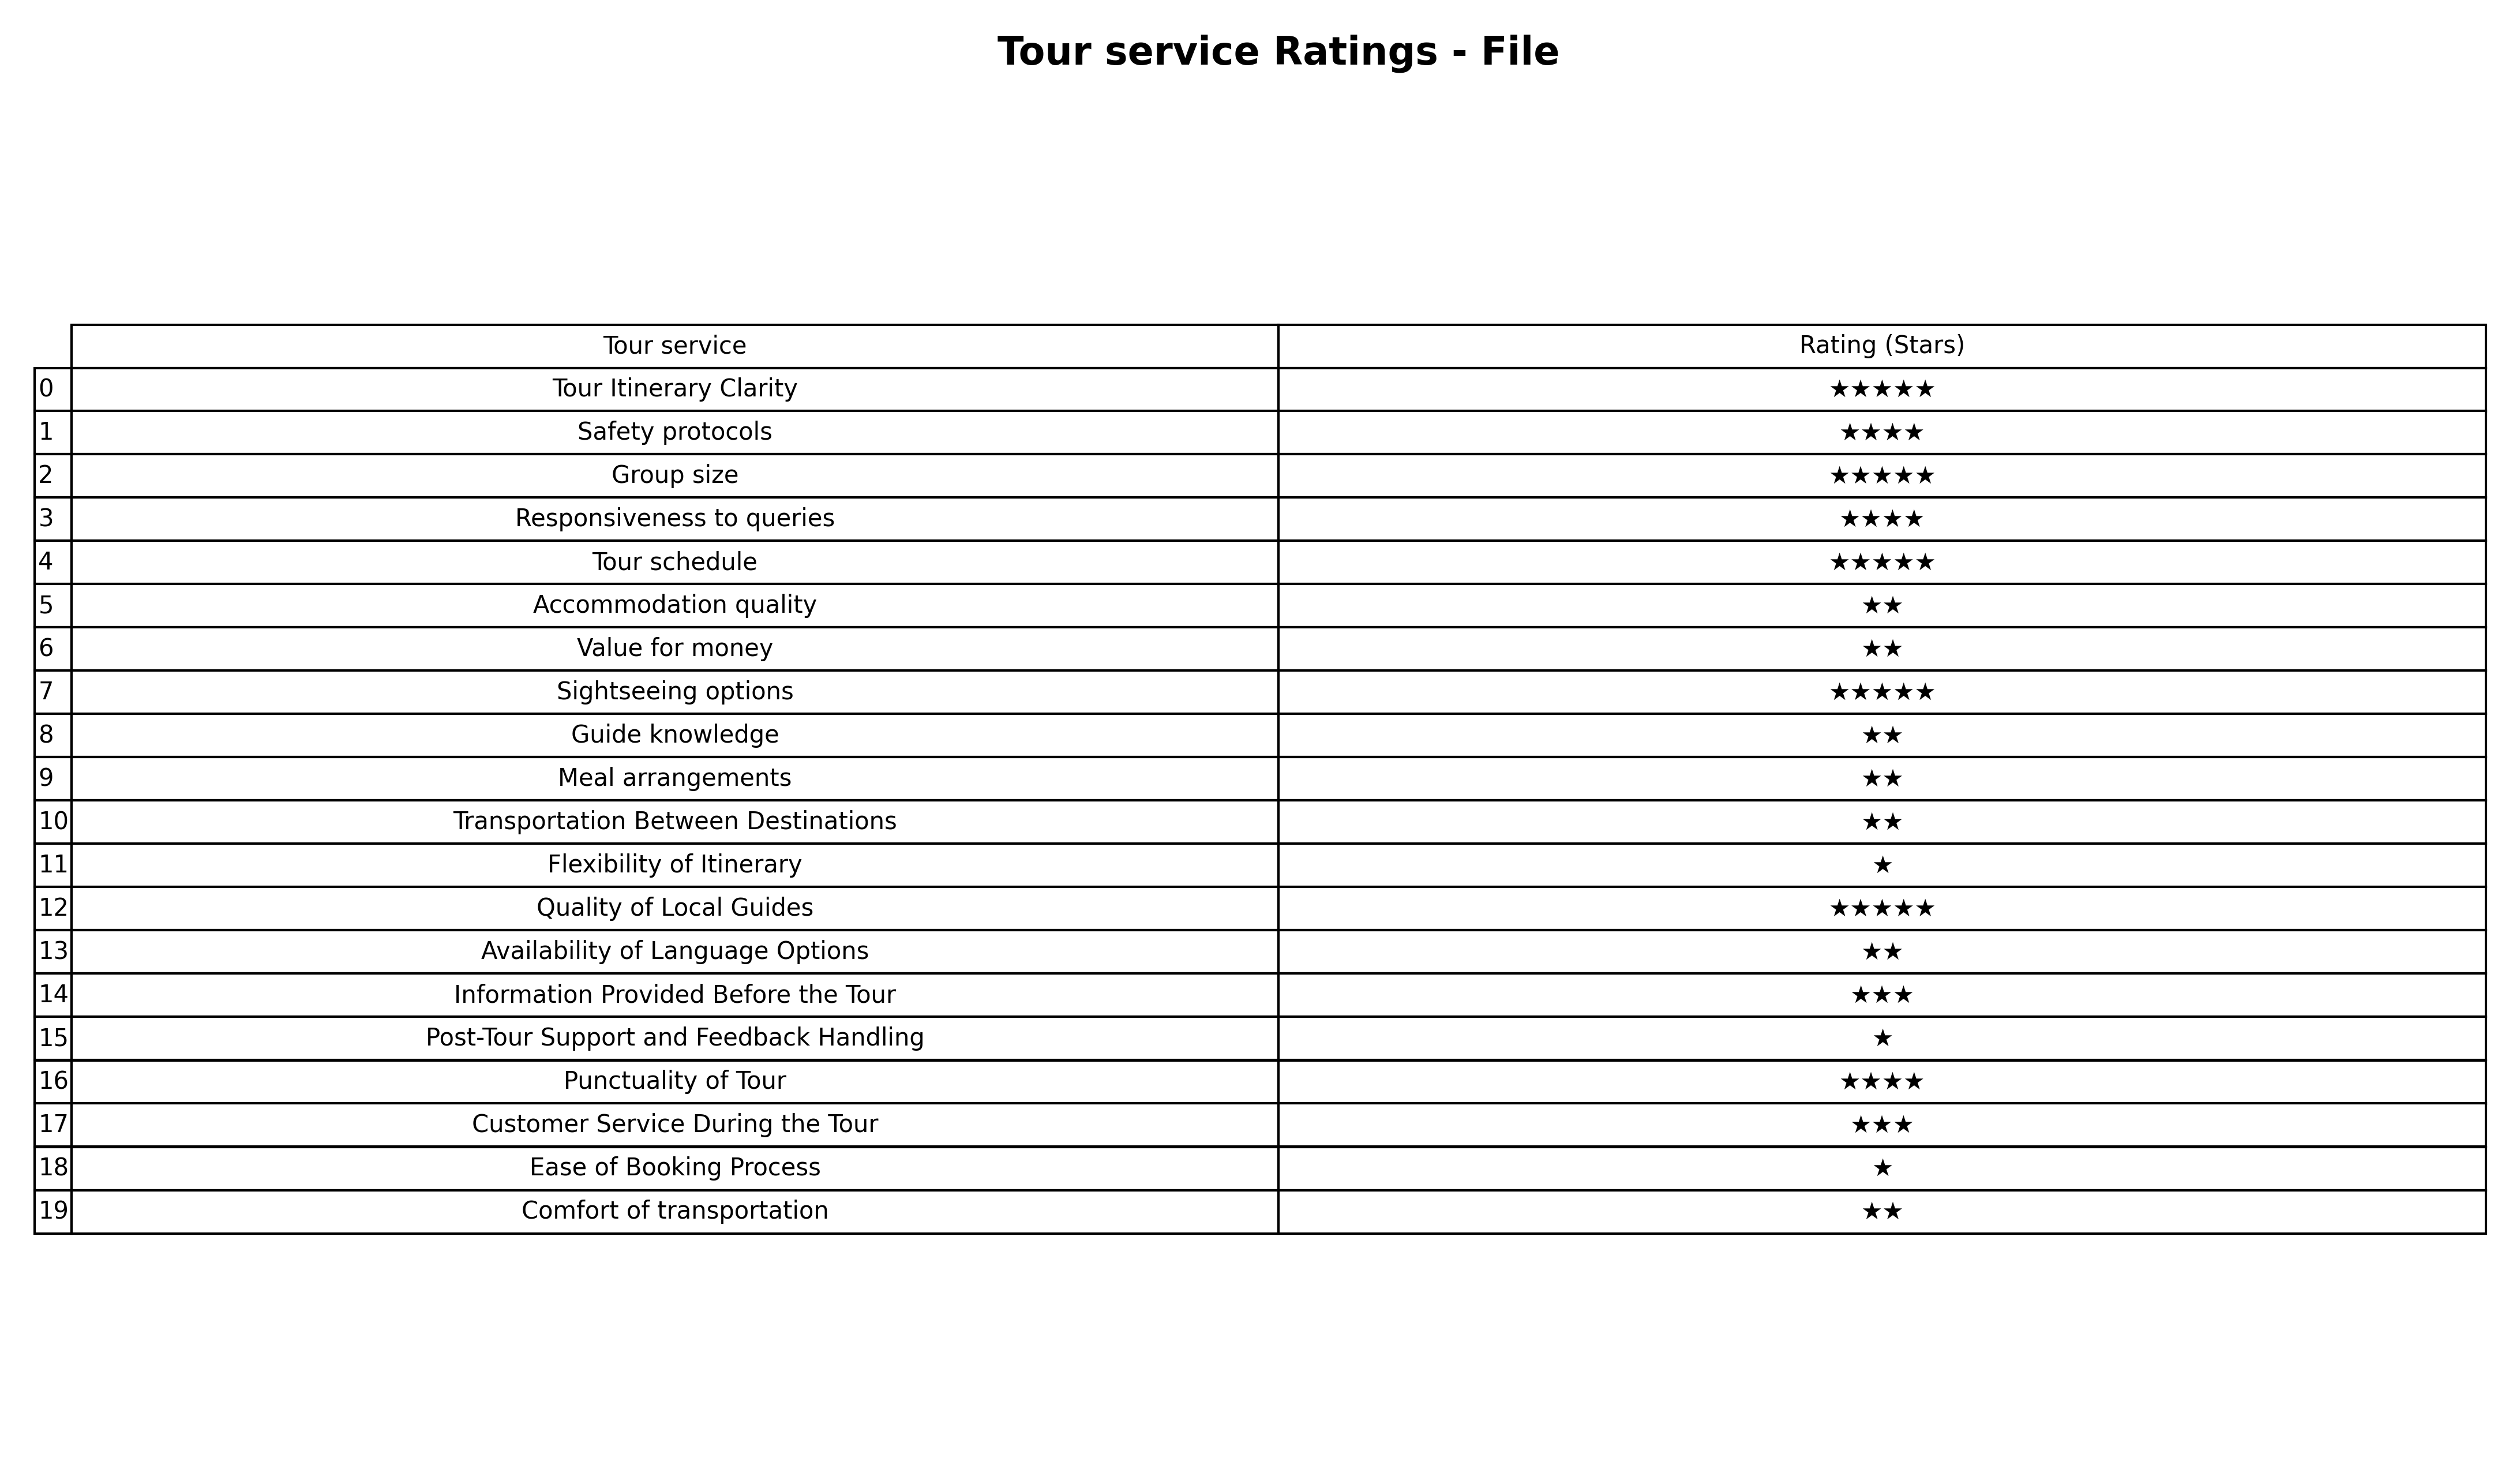
question: What is the rating of Tour Itinerary Clarity?
answer: ★★★★★